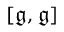
[ { \mathfrak { g } } , { \mathfrak { g } } ]